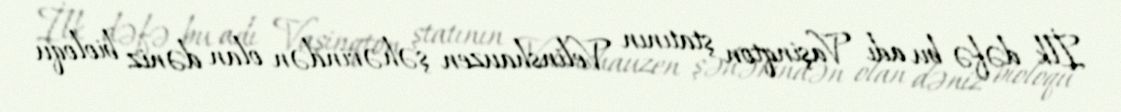
İlk dəfə bu adı Vaşinqton ştatının Velinshauzen şəhərindən olan dəniz bioloqu